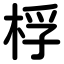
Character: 桴